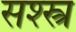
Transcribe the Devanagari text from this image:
सश्स्त्र